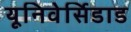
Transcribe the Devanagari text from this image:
यूनिवेर्सिडाड